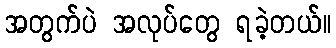
အတွက်ပဲ အလုပ်တွေ ရခဲ့တယ်။